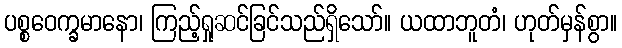
ပစ္စဝေက္ခမာနော၊ ကြည့်ရှုဆင်ခြင်သည်ရှိသော်။ ယထာဘူတံ၊ ဟုတ်မှန်စွာ။